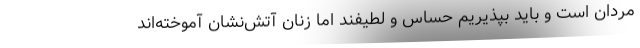
مردان است و باید بپذیریم حساس و لطیفند اما زنان آتش‌نشان آموخته‌اند